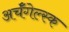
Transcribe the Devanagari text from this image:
अर्चँगेल्स्क